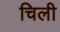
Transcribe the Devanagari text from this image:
चिली